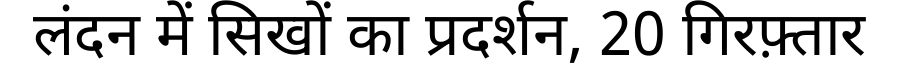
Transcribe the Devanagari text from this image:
लंदन में सिखों का प्रदर्शन, 20 गिरफ़्तार